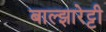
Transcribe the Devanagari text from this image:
बाल्झारेट्टी